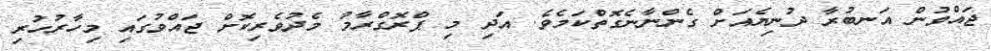
ޖައްވުން އަނބުރާ ދުނިޔެއަށް ގެންނާނެގޮތްކަމެވެ. އަދި މި ޕްރޮގްރާމު މެދުވެރިކޮށް ޖައްވުގައި މިހާރުހުރި